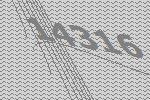
14316